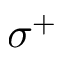
\sigma ^ { + }